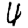
Digit: 4